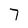
Character: 7